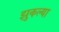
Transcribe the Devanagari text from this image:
झुकल्या